Calcutta medical institutions reports 1871-78
Year: 1871
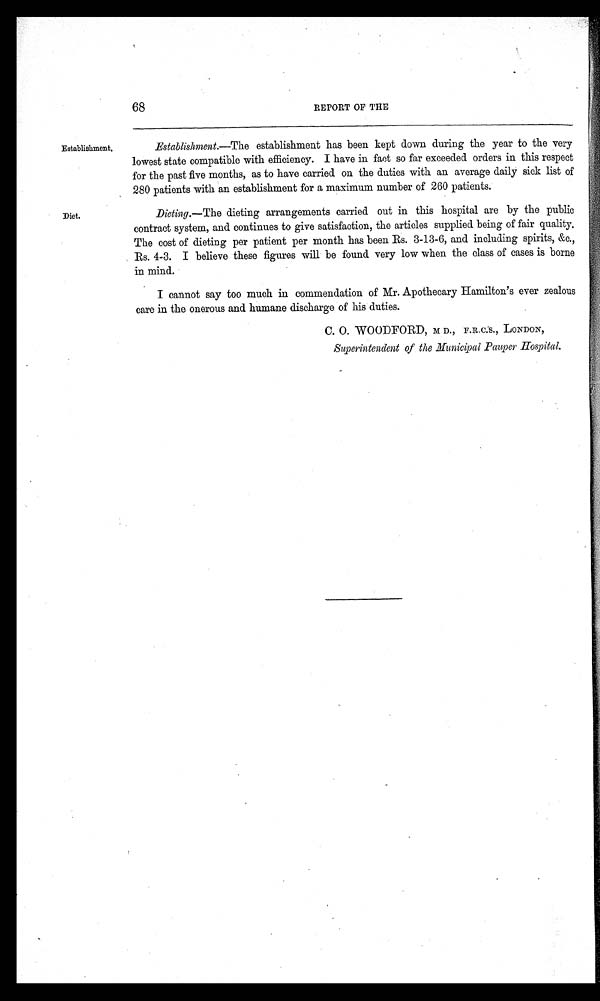
68
REPORT OF THE
Establishment.
Diet.
Establishment.—The establishment has been kept down during the year to the very
lowest state compatible with efficiency. I have in fact so far exceeded orders in this respect
for the past five months, as to have carried on the duties with an average daily sick list of
280 patients with an establishment for a maximum number of 260 patients.
Dieting. —The dieting arrangements carried out in this hospital are by the public
contract system, and continues to give satisfaction, the articles supplied being of fair quality.
The cost of dieting per patient per month has been Rs. 3-13-6, and including spirits, &c.,
Rs. 4-3. I believe these figures will be found very low when the class of cases is borne
in mind.
I cannot say too much in commendation of Mr. Apothecary Hamilton's ever zealous
care in the onerous and humane discharge of his duties.
C. O. WOODFORD, M D., F.R.C.S., LONDON,
Superintendent of the Municipal Pauper Hospital.